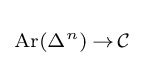
\scriptstyle \operatorname {Ar} (\Delta ^{n})\,\to \,{\mathcal {C}}